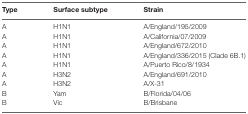
<table><thead><tr><td><b>Type</b></td><td><b>Surface subtype</b></td><td><b>Strain</b></td></tr></thead><tbody><tr><td>A</td><td>H1N1</td><td>A/England/195/2009</td></tr><tr><td>A</td><td>H1N1</td><td>A/California/07/2009</td></tr><tr><td>A</td><td>H1N1</td><td>A/England/672/2010</td></tr><tr><td>A</td><td>H1N1</td><td>A/England/336/2015 (Clade 6B.1)</td></tr><tr><td>A</td><td>H1N1</td><td>A/Puerto Rico/8/1934</td></tr><tr><td>A</td><td>H3N2</td><td>A/England/691/2010</td></tr><tr><td>A</td><td>H3N2</td><td>A/X-31</td></tr><tr><td>B</td><td>Yam</td><td>B/Florida/04/06</td></tr><tr><td>B</td><td>Vic</td><td>B/Brisbane</td></tr></tbody></table>